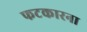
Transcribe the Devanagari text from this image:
फटकारना